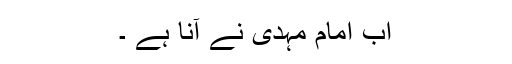
اب امام مہدی نے آنا ہے ۔